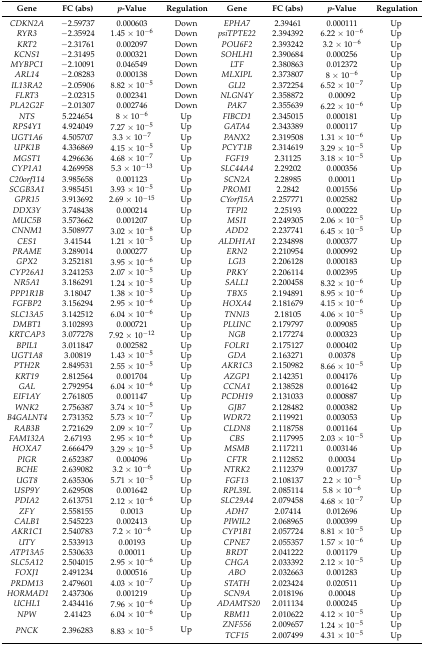
<table><thead><tr><td><b>Gene</b></td><td><b>FC (abs)</b></td><td><b><i>p</i>-Value</b></td><td><b>Regulation</b></td><td><b>Gene</b></td><td><b>FC (abs)</b></td><td><b><i>p</i>-Value</b></td><td><b>Regulation</b></td></tr></thead><tbody><tr><td><i>CDKN2A</i></td><td>−2.59737</td><td>0.000603</td><td>Down</td><td><i>EPHA7</i></td><td>2.39461</td><td>0.000111</td><td>Up</td></tr><tr><td><i>RYR3</i></td><td>−2.35924</td><td>1.45 × 10<sup>−6</sup></td><td>Down</td><td><i>psiTPTE22</i></td><td>2.394392</td><td>6.22 × 10<sup>−6</sup></td><td>Up</td></tr><tr><td><i>KRT2</i></td><td>−2.31761</td><td>0.002097</td><td>Down</td><td><i>POU6F2</i></td><td>2.393242</td><td>3.2 × 10<sup>−6</sup></td><td>Up</td></tr><tr><td><i>KCNS1</i></td><td>−2.31495</td><td>0.000321</td><td>Down</td><td><i>SOHLH1</i></td><td>2.390684</td><td>0.000256</td><td>Up</td></tr><tr><td><i>MYBPC1</i></td><td>−2.10091</td><td>0.046549</td><td>Down</td><td><i>LTF</i></td><td>2.380863</td><td>0.012372</td><td>Up</td></tr><tr><td><i>ARL14</i></td><td>−2.08283</td><td>0.000138</td><td>Down</td><td><i>MLXIPL</i></td><td>2.373807</td><td>8 × 10<sup>−6</sup></td><td>Up</td></tr><tr><td><i>IL13RA2</i></td><td>−2.05906</td><td>8.82 × 10<sup>−5</sup></td><td>Down</td><td><i>GLI2</i></td><td>2.372254</td><td>6.52 × 10<sup>−7</sup></td><td>Up</td></tr><tr><td><i>FLRT3</i></td><td>−2.02315</td><td>0.002341</td><td>Down</td><td><i>NLGN4Y</i></td><td>2.358872</td><td>0.00092</td><td>Up</td></tr><tr><td><i>PLA2G2F</i></td><td>−2.01307</td><td>0.002746</td><td>Down</td><td><i>PAK7</i></td><td>2.355639</td><td>6.22 × 10<sup>−6</sup></td><td>Up</td></tr><tr><td><i>NTS</i></td><td>5.224654</td><td>8 × 10<sup>−6</sup></td><td>Up</td><td><i>FIBCD1</i></td><td>2.345015</td><td>0.000181</td><td>Up</td></tr><tr><td><i>RPS4Y1</i></td><td>4.924049</td><td>7.27 × 10<sup>−5</sup></td><td>Up</td><td><i>GATA4</i></td><td>2.343389</td><td>0.000117</td><td>Up</td></tr><tr><td><i>UGT1A6</i></td><td>4.505707</td><td>3.3 × 10<sup>−7</sup></td><td>Up</td><td><i>PANX2</i></td><td>2.319508</td><td>1.31 × 10<sup>−6</sup></td><td>Up</td></tr><tr><td><i>UPK1B</i></td><td>4.336869</td><td>4.15 × 10<sup>−5</sup></td><td>Up</td><td><i>PCYT1B</i></td><td>2.314619</td><td>3.29 × 10<sup>−5</sup></td><td>Up</td></tr><tr><td><i>MGST1</i></td><td>4.296636</td><td>4.68 × 10<sup>−7</sup></td><td>Up</td><td><i>FGF19</i></td><td>2.31125</td><td>3.18 × 10<sup>−5</sup></td><td>Up</td></tr><tr><td><i>CYP1A1</i></td><td>4.269958</td><td>5.3 × 10<sup>−13</sup></td><td>Up</td><td><i>SLC44A4</i></td><td>2.29202</td><td>0.000356</td><td>Up</td></tr><tr><td><i>C20orf114</i></td><td>3.985658</td><td>0.001123</td><td>Up</td><td><i>SCN2A</i></td><td>2.28985</td><td>0.00011</td><td>Up</td></tr><tr><td><i>SCGB3A1</i></td><td>3.985451</td><td>3.93 × 10<sup>−5</sup></td><td>Up</td><td><i>PROM1</i></td><td>2.2842</td><td>0.001556</td><td>Up</td></tr><tr><td><i>GPR15</i></td><td>3.913692</td><td>2.69 × 10<sup>−15</sup></td><td>Up</td><td><i>CYorf15A</i></td><td>2.257771</td><td>0.002582</td><td>Up</td></tr><tr><td><i>DDX3Y</i></td><td>3.748438</td><td>0.000214</td><td>Up</td><td><i>TFPI2</i></td><td>2.25193</td><td>0.000222</td><td>Up</td></tr><tr><td><i>MUC5B</i></td><td>3.573662</td><td>0.001207</td><td>Up</td><td><i>MSI1</i></td><td>2.249305</td><td>2.06 × 10<sup>−5</sup></td><td>Up</td></tr><tr><td><i>CNNM1</i></td><td>3.508977</td><td>3.02 × 10<sup>−8</sup></td><td>Up</td><td><i>ADD2</i></td><td>2.237741</td><td>6.45 × 10<sup>−5</sup></td><td>Up</td></tr><tr><td><i>CES1</i></td><td>3.41544</td><td>1.21 × 10<sup>−5</sup></td><td>Up</td><td><i>ALDH1A1</i></td><td>2.234898</td><td>0.000377</td><td>Up</td></tr><tr><td><i>PRAME</i></td><td>3.289014</td><td>0.000277</td><td>Up</td><td><i>ERN2</i></td><td>2.210954</td><td>0.000992</td><td>Up</td></tr><tr><td><i>GPX2</i></td><td>3.252181</td><td>3.95 × 10<sup>−6</sup></td><td>Up</td><td><i>LGI3</i></td><td>2.206128</td><td>0.000183</td><td>Up</td></tr><tr><td><i>CYP26A1</i></td><td>3.241253</td><td>2.07 × 10<sup>−5</sup></td><td>Up</td><td><i>PRKY</i></td><td>2.206114</td><td>0.002395</td><td>Up</td></tr><tr><td><i>NR5A1</i></td><td>3.186291</td><td>1.24 × 10<sup>−5</sup></td><td>Up</td><td><i>SALL1</i></td><td>2.200458</td><td>8.32 × 10<sup>−6</sup></td><td>Up</td></tr><tr><td><i>PPP1R1B</i></td><td>3.18047</td><td>1.38 × 10<sup>−5</sup></td><td>Up</td><td><i>TBX5</i></td><td>2.194891</td><td>8.95 × 10<sup>−6</sup></td><td>Up</td></tr><tr><td><i>FGFBP2</i></td><td>3.156294</td><td>2.95 × 10<sup>−6</sup></td><td>Up</td><td><i>HOXA4</i></td><td>2.181679</td><td>4.15 × 10<sup>−6</sup></td><td>Up</td></tr><tr><td><i>SLC13A5</i></td><td>3.142512</td><td>6.04 × 10<sup>−6</sup></td><td>Up</td><td><i>TNNI3</i></td><td>2.18105</td><td>4.06 × 10<sup>−5</sup></td><td>Up</td></tr><tr><td><i>DMBT1</i></td><td>3.102893</td><td>0.000721</td><td>Up</td><td><i>PLUNC</i></td><td>2.179797</td><td>0.009085</td><td>Up</td></tr><tr><td><i>KRTCAP3</i></td><td>3.077278</td><td>7.92 × 10<sup>−12</sup></td><td>Up</td><td><i>NGB</i></td><td>2.177274</td><td>0.000323</td><td>Up</td></tr><tr><td><i>BPIL1</i></td><td>3.011847</td><td>0.002582</td><td>Up</td><td><i>FOLR1</i></td><td>2.175127</td><td>0.000402</td><td>Up</td></tr><tr><td><i>UGT1A8</i></td><td>3.00819</td><td>1.43 × 10<sup>−5</sup></td><td>Up</td><td><i>GDA</i></td><td>2.163271</td><td>0.00378</td><td>Up</td></tr><tr><td><i>PTH2R</i></td><td>2.849531</td><td>2.55 × 10<sup>−5</sup></td><td>Up</td><td><i>AKR1C3</i></td><td>2.150982</td><td>8.66 × 10<sup>−5</sup></td><td>Up</td></tr><tr><td><i>KRT19</i></td><td>2.812564</td><td>0.001704</td><td>Up</td><td><i>AZGP1</i></td><td>2.142351</td><td>0.004176</td><td>Up</td></tr><tr><td><i>GAL</i></td><td>2.792954</td><td>6.04 × 10<sup>−6</sup></td><td>Up</td><td><i>CCNA1</i></td><td>2.138528</td><td>0.001642</td><td>Up</td></tr><tr><td><i>EIF1AY</i></td><td>2.761805</td><td>0.001147</td><td>Up</td><td><i>PCDH19</i></td><td>2.131033</td><td>0.000887</td><td>Up</td></tr><tr><td><i>WNK2</i></td><td>2.756387</td><td>3.74 × 10<sup>−5</sup></td><td>Up</td><td><i>GJB7</i></td><td>2.128482</td><td>0.000382</td><td>Up</td></tr><tr><td><i>B4GALNT4</i></td><td>2.731352</td><td>5.73 × 10<sup>−7</sup></td><td>Up</td><td><i>WDR72</i></td><td>2.119921</td><td>0.003053</td><td>Up</td></tr><tr><td><i>RAB3B</i></td><td>2.721629</td><td>2.09 × 10<sup>−7</sup></td><td>Up</td><td><i>CLDN8</i></td><td>2.118758</td><td>0.001164</td><td>Up</td></tr><tr><td><i>FAM132A</i></td><td>2.67193</td><td>2.95 × 10<sup>−6</sup></td><td>Up</td><td><i>CBS</i></td><td>2.117995</td><td>2.03 × 10<sup>−5</sup></td><td>Up</td></tr><tr><td><i>HOXA7</i></td><td>2.666479</td><td>3.29 × 10<sup>−5</sup></td><td>Up</td><td><i>MSMB</i></td><td>2.117211</td><td>0.003146</td><td>Up</td></tr><tr><td><i>PIGR</i></td><td>2.652387</td><td>0.004096</td><td>Up</td><td><i>CFTR</i></td><td>2.112852</td><td>0.00034</td><td>Up</td></tr><tr><td><i>BCHE</i></td><td>2.639082</td><td>3.2 × 10<sup>−6</sup></td><td>Up</td><td><i>NTRK2</i></td><td>2.112379</td><td>0.001737</td><td>Up</td></tr><tr><td><i>UGT8</i></td><td>2.635306</td><td>5.71 × 10<sup>−5</sup></td><td>Up</td><td><i>FGF13</i></td><td>2.108137</td><td>2.2 × 10<sup>−5</sup></td><td>Up</td></tr><tr><td><i>USP9Y</i></td><td>2.629508</td><td>0.001642</td><td>Up</td><td><i>RPL39L</i></td><td>2.085114</td><td>5.8 × 10<sup>−6</sup></td><td>Up</td></tr><tr><td><i>PDIA2</i></td><td>2.613751</td><td>2.12 × 10<sup>−6</sup></td><td>Up</td><td><i>SLC29A4</i></td><td>2.079458</td><td>4.68 × 10<sup>−7</sup></td><td>Up</td></tr><tr><td><i>ZFY</i></td><td>2.558155</td><td>0.0013</td><td>Up</td><td><i>ADH7</i></td><td>2.07414</td><td>0.012696</td><td>Up</td></tr><tr><td><i>CALB1</i></td><td>2.545223</td><td>0.002413</td><td>Up</td><td><i>PIWIL2</i></td><td>2.068965</td><td>0.000399</td><td>Up</td></tr><tr><td><i>AKR1C1</i></td><td>2.540783</td><td>7.2 × 10<sup>−6</sup></td><td>Up</td><td><i>CYP1B1</i></td><td>2.057724</td><td>8.81 × 10<sup>−5</sup></td><td>Up</td></tr><tr><td><i>UTY</i></td><td>2.533913</td><td>0.00193</td><td>Up</td><td><i>CPNE7</i></td><td>2.055357</td><td>1.57 × 10<sup>−6</sup></td><td>Up</td></tr><tr><td><i>ATP13A5</i></td><td>2.530633</td><td>0.00011</td><td>Up</td><td><i>BRDT</i></td><td>2.041222</td><td>0.001179</td><td>Up</td></tr><tr><td><i>SLC5A12</i></td><td>2.504015</td><td>2.95 × 10<sup>−6</sup></td><td>Up</td><td><i>CHGA</i></td><td>2.033392</td><td>2.12 × 10<sup>−5</sup></td><td>Up</td></tr><tr><td><i>FOXJ1</i></td><td>2.491234</td><td>0.000516</td><td>Up</td><td><i>ABO</i></td><td>2.032663</td><td>0.001283</td><td>Up</td></tr><tr><td><i>PRDM13</i></td><td>2.479601</td><td>4.03 × 10<sup>−7</sup></td><td>Up</td><td><i>STATH</i></td><td>2.023424</td><td>0.020511</td><td>Up</td></tr><tr><td><i>HORMAD1</i></td><td>2.437306</td><td>0.001219</td><td>Up</td><td><i>SCN9A</i></td><td>2.018196</td><td>0.00048</td><td>Up</td></tr><tr><td><i>UCHL1</i></td><td>2.434416</td><td>7.96 × 10<sup>−6</sup></td><td>Up</td><td><i>ADAMTS20</i></td><td>2.011134</td><td>0.000245</td><td>Up</td></tr><tr><td><i>NPW</i></td><td>2.41423</td><td>6.04 × 10<sup>−6</sup></td><td>Up</td><td><i>RBM11</i></td><td>2.010622</td><td>4.12 × 10<sup>−5</sup></td><td>Up</td></tr><tr><td rowspan="2"><i>PNCK</i></td><td rowspan="2">2.396283</td><td rowspan="2">8.83 × 10<sup>−5</sup></td><td rowspan="2">Up</td><td><i>ZNF556</i></td><td>2.009657</td><td>1.24 × 10<sup>−5</sup></td><td>Up</td></tr><tr><td><i>TCF15</i></td><td>2.007499</td><td>4.31 × 10<sup>−5</sup></td><td>Up</td></tr></tbody></table>